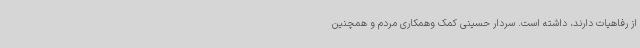
از رفاهیات دارند، داشته است. سردار حسینی کمک وهمکاری مردم و همچنین